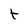
Character: t